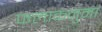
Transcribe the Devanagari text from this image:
फलाकनुमा